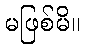
မဖြစ်မိ။